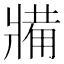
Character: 𤖐